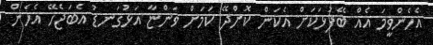
އެހެންވީމަ އެއް ބޭފުޅަކަށް އެކަން ކޮށްދޭ ކަމަށް ވަންޏާ އަޅުގަނޑު އެބަޖެހޭ އެހެން